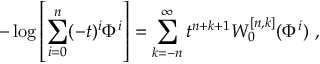
- \log \left[ \sum _ { i = 0 } ^ { n } ( - t ) ^ { i } \Phi ^ { i } \right] = \sum _ { k = - n } ^ { \infty } t ^ { n + k + 1 } W _ { 0 } ^ { [ n , k ] } ( \Phi ^ { i } ) ~ ,